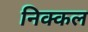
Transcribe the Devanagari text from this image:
निक्कल